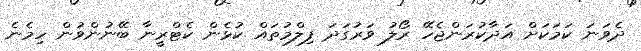
ދެވަނަ ކަމަކަށް އަދާކުރަންޖެހޭ ރޯލު ވަރުގަދަ ފިލްމުތައް ކުޅެން ކެޓްރީނާ ބޭނުންވުން ހިމެނެ